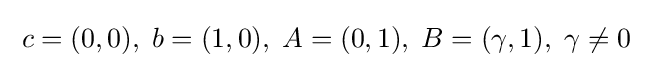
\;c=(0,0),\;b=(1,0),\;A=(0,1),\;B=(\gamma ,1),\;\gamma \neq 0